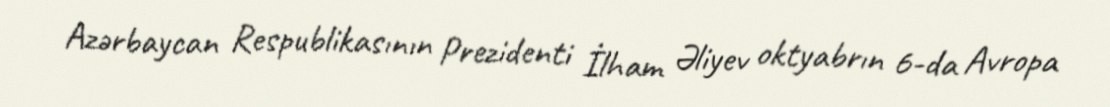
Azərbaycan Respublikasının Prezidenti İlham Əliyev oktyabrın 6-da Avropa